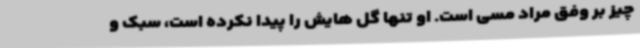
چیز بر وفق مراد مسی است. او تنها گل هایش را پیدا نکرده است، سبک و